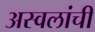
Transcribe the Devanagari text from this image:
अस्वलांची